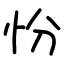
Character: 㤋